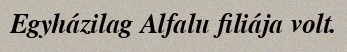
Egyházilag Alfalu filiája volt.